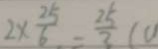
2 \times \frac { 2 5 } { 6 } = \frac { 2 5 } { 3 } ( 0